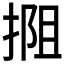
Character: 𫽖